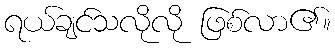
ရယ်ချင်သလိုလို ဖြစ်လာ၏။